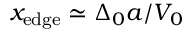
x _ { \mathrm { { e d g e } } } \simeq \Delta _ { 0 } a / V _ { 0 }